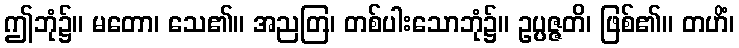
ဤဘုံ၌။ မတော၊ သေ၏။ အညတြ၊ တစ်ပါးသောဘုံ၌။ ဥပ္ပဇ္ဇတိ၊ ဖြစ်၏။ တဟိံ၊